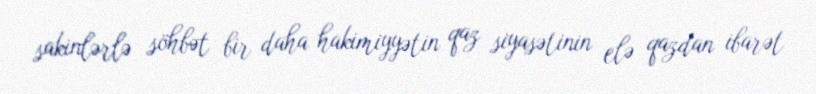
sakinlərlə söhbət bir daha hakimiyyətin qaz siyasətinin elə qazdan ibarət